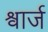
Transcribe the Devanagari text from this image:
श्वार्ज